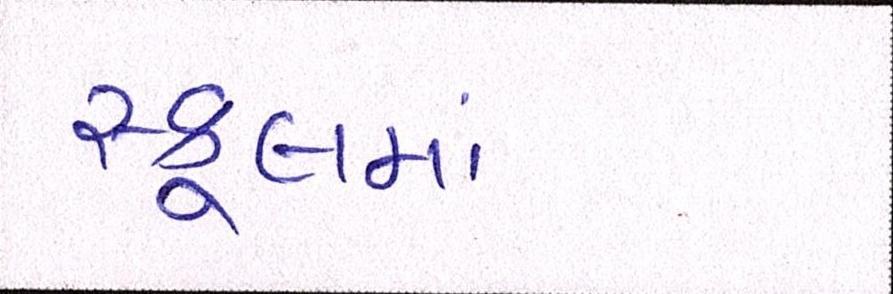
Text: સ્કૂલમાં